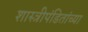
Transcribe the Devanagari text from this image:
शास्त्रीपंडितांच्या